Report of an investigation into the causes of the diseases known in Assam as Kála-Azár and Beri-Beri
Disease focus: Beri-Beri
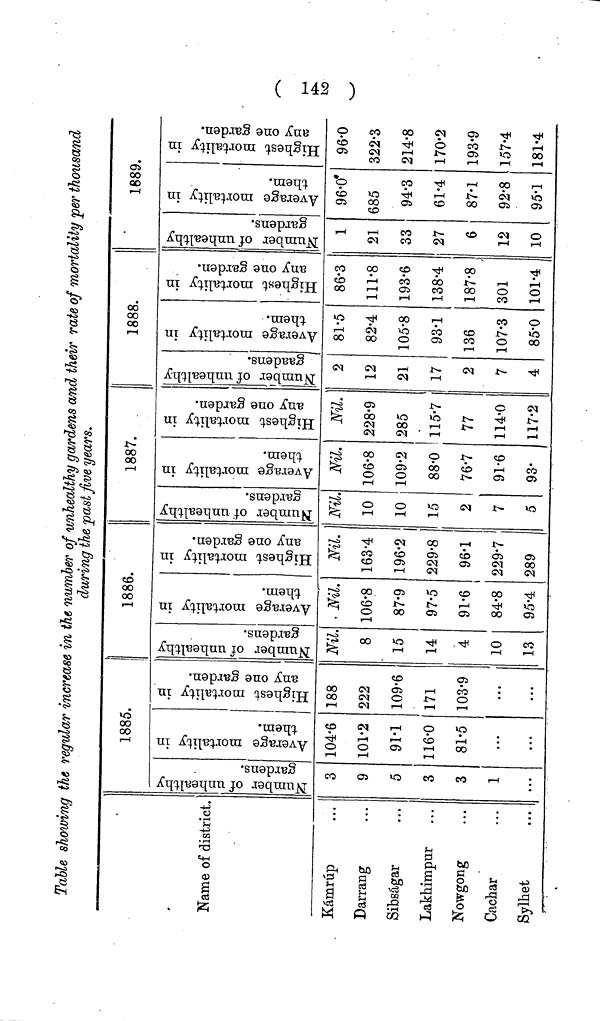
Table showing the regular increase in the number of unhealthy gardens and their rate of mortality per thousand
during the past five years.
Name of district.
Kamrup
Darrang
Sibsagar
Lakhimpur
Nowgong
Cachar
Sylhet
1885.
3
9
5
3
3
1
...
104.6
101-2
91-1
116-0
81-5
...
...
188
222
109-6
171
103-9
...
...
1886.
Number of unhealthy gardens.
Nil.
8
15
14
4
10
13
Nil.
106-8
87-9
97-5
91-6
163-4
196-2
229-8
96-1
i
84-8 229-7
95-4 289
1887.
Nil.
10
10
15
2
7
5
Nil.
106-8
109-2
88-0
76-7
91-6
93-
228-9
285
115-7
77
114-0
117-2
1888.
2
12
21
17
2
7
4
81.5
82-4
105-8
93-1
136
107-3
85-0
86-3
111-8
193-6
138-4
187-8
301
101-4
1889.
1
21
33
27
6
12
10
96-0
685
94-3
61-4
87-1
92-8
95-1
96-0
322-3
214-8
170-2
193-9
157-4
181-4
(142)